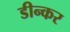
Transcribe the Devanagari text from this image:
डीन्कर